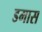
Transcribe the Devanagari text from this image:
डमास